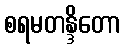
စရမတန္ဒိတော